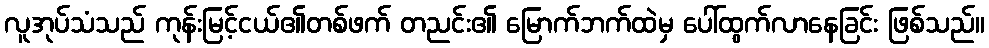
လူအုပ်သံသည် ကုန်းမြင့်ငယ်၏တစ်ဖက် တညင်း၏ မြောက်ဘက်ထဲမှ ပေါ်ထွက်လာနေခြင်း ဖြစ်သည်။